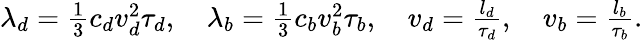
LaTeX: \begin{array}{r}{\lambda_{d}=\frac{1}{3}c_{d}v_{d}^{2}\tau_{d},\quad\lambda_{b}=\frac{1}{3}c_{b}v_{b}^{2}\tau_{b},\quad v_{d}=\frac{l_{d}}{\tau_{d}},\quad v_{b}=\frac{l_{b}}{\tau_{b}}.}\end{array}